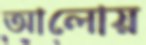
আলোয়